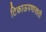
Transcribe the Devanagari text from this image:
टिकाऊपणासाठी